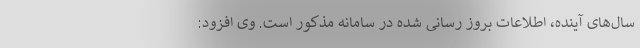
سال‌های آینده، اطلاعات بروز رسانی شده در سامانه مذکور است. وی افزود: